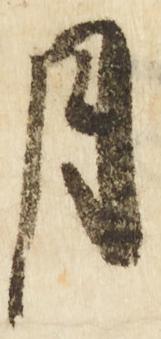
月